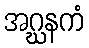
အဂ္ဃနကံ